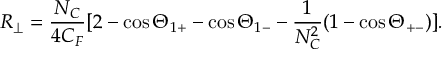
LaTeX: { } [ Z _ { 0 } , [ \bar { Z } _ { 0 } , X ^ { 3 } ] ] + [ \bar { Z } _ { 0 } , [ Z _ { 0 } , X ^ { 3 } ] ] = ( \textstyle { \frac { 2 } { 3 } } \mu ) ^ { 2 } X ^ { 3 } \, .